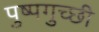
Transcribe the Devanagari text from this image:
पुष्पगुच्छी